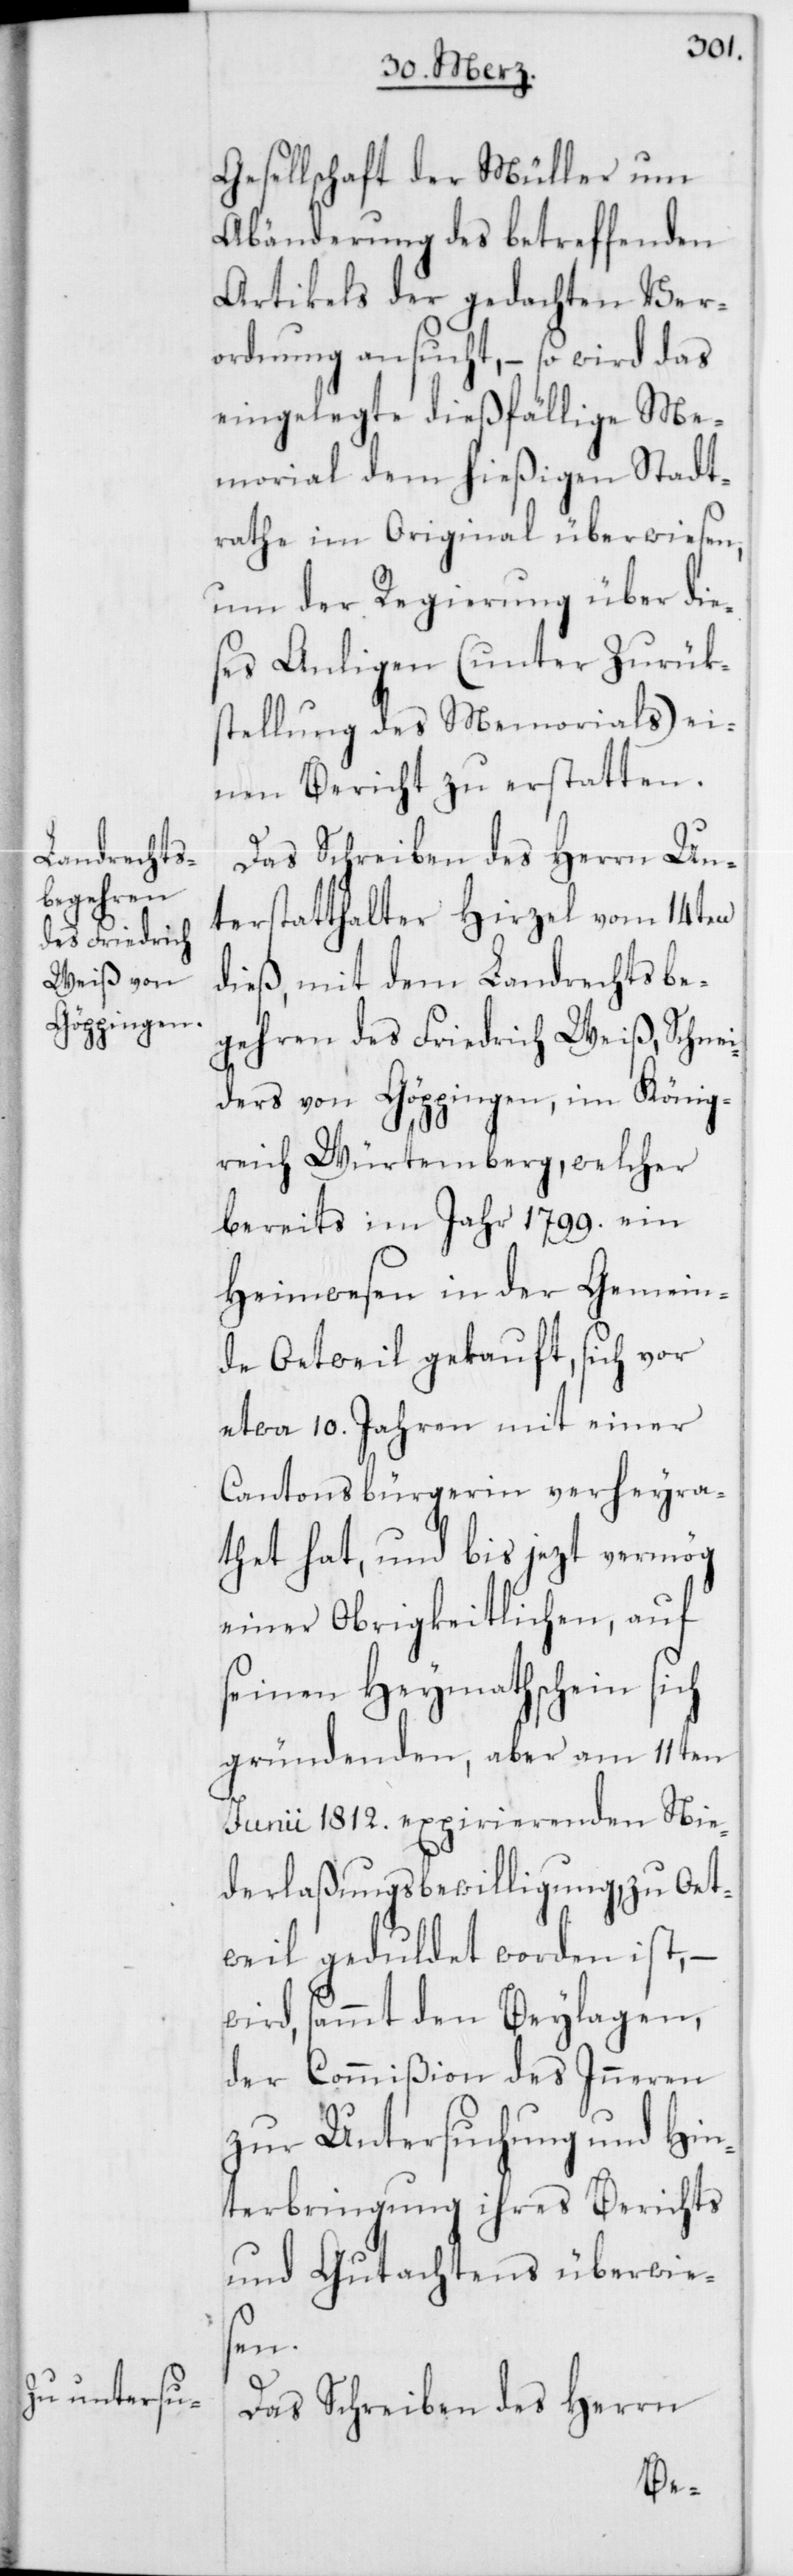
Gesellschaft der Müller um
Abänderung des betreffenden
Artikels der gedachten Ver¬
ordnung ansucht, – so wird das
eingelegte dießfällige Me¬
morial dem hießigen Stadt¬
rathe im Original überwiesen,
um der Regierung über die¬
ses Anligen (unter Zurük¬
stellung des Memorials) ei¬
nen Bericht zu erstatten.
Das Schreiben des Herrn Un¬
terstatthalter Hirzel vom 14ten
dieß, mit dem Landrechtsbe¬
gehren des Friedrich Weiß, Schnei¬
ders von Göppingen im König¬
reich Würtemberg, welcher
bereits im Jahr 1799. ein
Heimwesen in der Gemein¬
de Oetweil gekauft, sich vor
etwa 10. Jahren mit einer
Cantonsbürgerin verheyra¬
thet hat, und bis jezt vermög
einer Obrigkeitlichen, auf
seinen Heymathschein sich
gründenden, aber am 11ten
Junii 1812. expirierenden Nie¬
derlaßungsbewilligung zu Oet¬
weil geduldet worden ist, –
wird, sammt den Beylagen,
der Commißion des Inneren
zur Untersuchung und Hin¬
terbringung ihres Berichts
und Gutachtens überwies¬
en.
Das Schreiben des Herrn